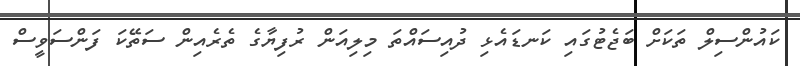
ކައުންސިލް ތަކަށް ބަޖެޓުގައި ކަނޑައެޅި ދުއިސައްތަ މިލިއަން ރުފިޔާގެ ތެރެއިން ސަތޭކަ ފަންސަވީސް